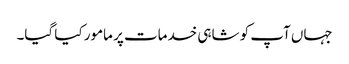
جہاں آپ کو شاہی خدمات پر مامور کیا گیا۔